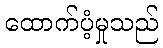
ထောက်ပံ့မှုသည်